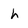
Character: h